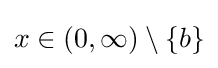
x\in (0,\infty )\setminus \{b\}